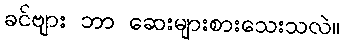
ခင်ဗျား ဘာ ဆေးများစားသေးသလဲ။